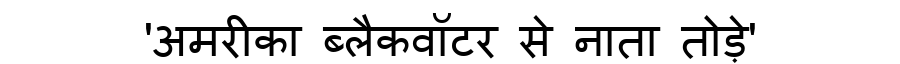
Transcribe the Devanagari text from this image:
'अमरीका ब्लैकवॉटर से नाता तोड़े'